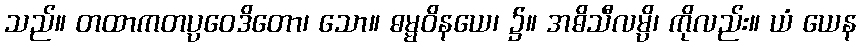
သည်။ တထာကတပ္ပဝေဒိတော၊ သော။ ဓမ္မဝိနယေ၊ ၌။ အဓိသီလမ္ပိ၊ ကိုလည်း။ ယံ ယေန